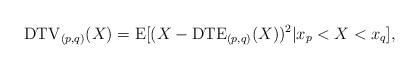
LaTeX: \begin{align*}\mathrm{DTV}_{(p,q)}(X)=\mathrm{E}[(X-\mathrm{DTE}_{(p,q)}(X))^{2}|x_{p}<X<x_{q}],\end{align*}